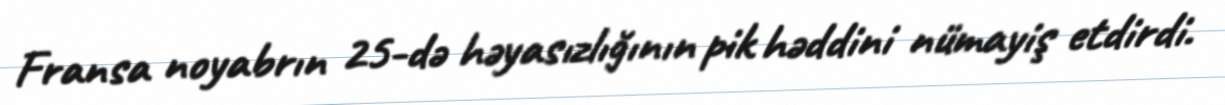
Fransa noyabrın 25-də həyasızlığının pik həddini nümayiş etdirdi.